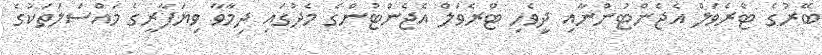
ބޭރުގެ ޓްރެވަލް އެޖެންޓުންނާއި ދިވެހި ޓްރެވަލް އެޖެންޓުންގެ މެދުގައި ދިމާވާ ވިޔަފާރީގެ މައްސަލަތަކުގެ